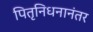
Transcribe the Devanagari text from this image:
पितृनिधनानंतर